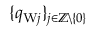
\{ q _ { \mathrm { W } j } \} _ { j \in \mathbb { Z } \backslash \{ 0 \} }